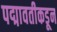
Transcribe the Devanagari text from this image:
पद्मावतीकडून